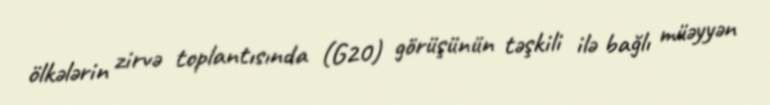
ölkələrin zirvə toplantısında (G20) görüşünün təşkili ilə bağlı müəyyən